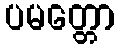
ပမတ္တော